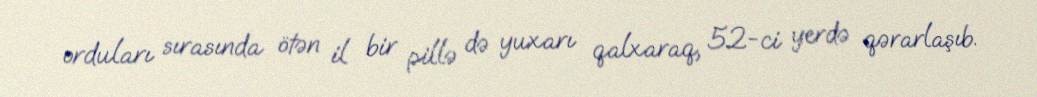
orduları sırasında ötən il bir pillə də yuxarı qalxaraq, 52-ci yerdə qərarlaşıb.